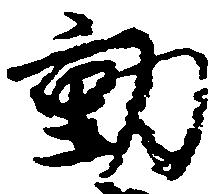
動